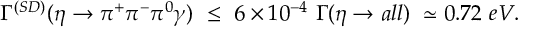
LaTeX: \Gamma ^ { ( S D ) } ( \eta \to \pi ^ { + } \pi ^ { - } \pi ^ { 0 } \gamma ) \ \le \ 6 \times 1 0 ^ { - 4 } \ \Gamma ( \eta \to a l l ) \ \simeq 0 . 7 2 \ e V .